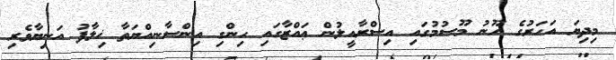
މިދިޔަ އަހަރުގެ ހޫނު މޫސުމުގައި އިސްރާއީލުން ޢައްޒާގައި ހިންގި އިންސާނިއްޔަތާ ޚިލާފު އަނިޔާވެރި